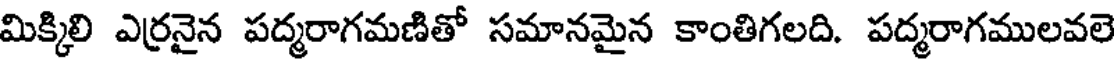
మిక్కిలి ఎర్రనైన పద్మరాగమణితో సమానమైన కాంతిగలది. పద్మరాగములవలె